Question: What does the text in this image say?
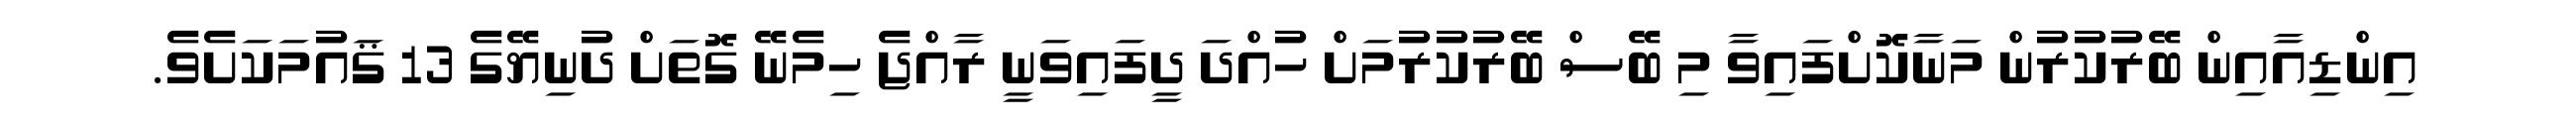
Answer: އިންޑިއާއިން ބޭރުކުރުން މަނާކޮށްފައިވާ މި ބޭސް ބޭރުކުރުމަށް ހުއްދަ ދީފައިވަނީ ރާއްޖެ ހިމެނޭ ގޮތަށް ދުނިޔޭގެ 13 ޤައުމަކަށެވެ.